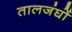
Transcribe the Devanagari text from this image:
तालजंघों